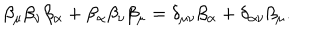
\beta _ { \mu } \beta _ { \nu } \beta _ { \alpha } + \beta _ { \alpha } \beta _ { \nu } \beta _ { \mu } = \delta _ { \mu \nu } \beta _ { \alpha } + \delta _ { \alpha \nu } \beta _ { \mu } .